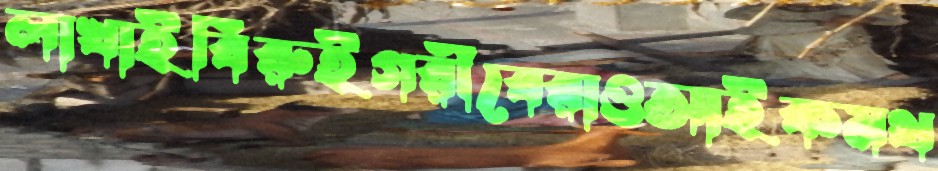
লাখাইবিরুইগরীবেরাওআইকমথ